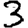
Digit: 3